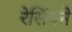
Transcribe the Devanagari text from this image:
रेसिंगने